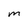
Character: m